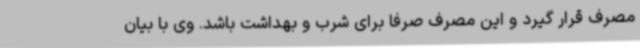
مصرف قرار گیرد و این مصرف صرفا برای شرب و بهداشت باشد. وی با بیان